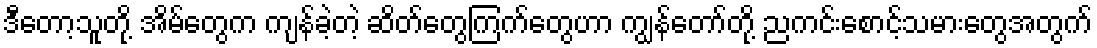
ဒီတော့သူတို့ အိမ်တွေက ကျန်ခဲ့တဲ့ ဆိတ်တွေကြက်တွေဟာ ကျွန်တော်တို့ ညကင်းစောင့်သမားတွေအတွက်